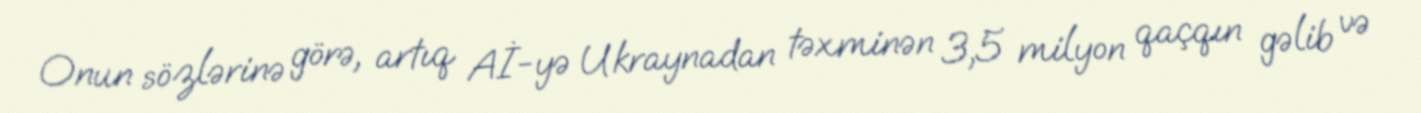
Onun sözlərinə görə, artıq Aİ-yə Ukraynadan təxminən 3,5 milyon qaçqın gəlib və